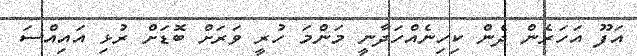
އަފޫ އަހަރެން ދެން ކިހިނެއްހަދާނީ މަންމަ ހުރީ ވަރަށް ބޮޑަށް ރުޅި އައިއްސަ